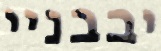
יבבניי